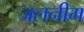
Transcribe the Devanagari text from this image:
जलनीम